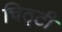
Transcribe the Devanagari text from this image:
चिठ्टी